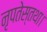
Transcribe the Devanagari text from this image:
नृपतेस्तथा।